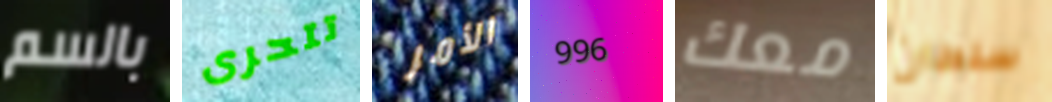
بالسم تتحرى الأمر 996 معك سلطان